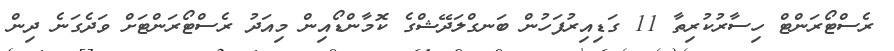
ރެސްޓޯރަންޓް ހިސާރުކުރިތާ 11 ގަޑިއިރުފަހުން ބަނގްލަދޭޝްގެ ކޮމާންޑޯއިން މިއަދު ރެސްޓޯރަންޓަށް ވަދެގަނެ ދިން